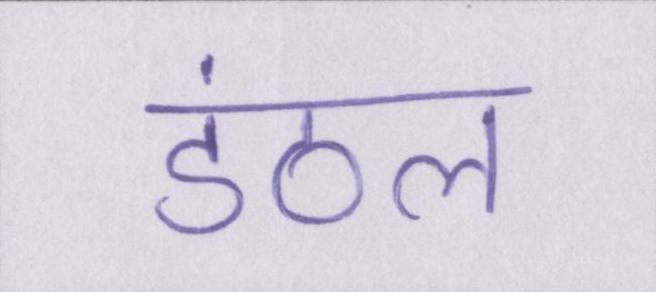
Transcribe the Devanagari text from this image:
डंठल